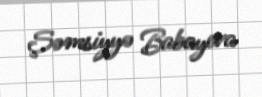
Şəmsiyyə Babayeva